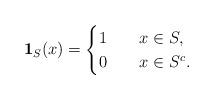
LaTeX: \begin{align*}\mathbf{1}_{S}(x)=\begin{cases}1 \ \ \ &x\in S,\\0 &x\in S^c.\end{cases}\end{align*}